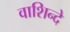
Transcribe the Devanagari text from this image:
वाशिन्दे